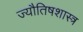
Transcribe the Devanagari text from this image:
ज्यौतिषशास्त्र